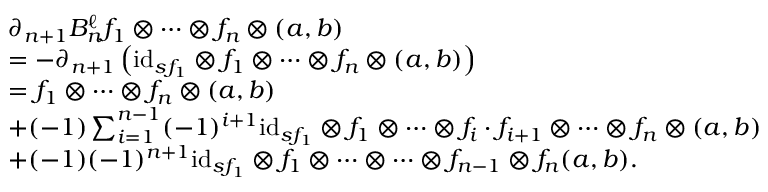
\begin{array} { r l } & { \partial _ { n + 1 } B _ { n } ^ { \ell } f _ { 1 } \otimes \dots \otimes f _ { n } \otimes ( a , b ) } \\ & { = - \partial _ { n + 1 } \left( \mathrm { i d } _ { s f _ { 1 } } \otimes f _ { 1 } \otimes \dots \otimes f _ { n } \otimes ( a , b ) \right) } \\ & { = f _ { 1 } \otimes \dots \otimes f _ { n } \otimes ( a , b ) } \\ & { + ( - 1 ) \sum _ { i = 1 } ^ { n - 1 } ( - 1 ) ^ { i + 1 } \mathrm { i d } _ { s f _ { 1 } } \otimes f _ { 1 } \otimes \dots \otimes f _ { i } \cdot f _ { i + 1 } \otimes \dots \otimes f _ { n } \otimes ( a , b ) } \\ & { + ( - 1 ) ( - 1 ) ^ { n + 1 } \mathrm { i d } _ { s f _ { 1 } } \otimes f _ { 1 } \otimes \dots \otimes \dots \otimes f _ { n - 1 } \otimes f _ { n } ( a , b ) . } \end{array}